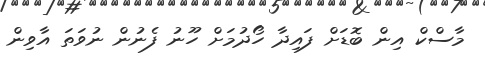
މާސްކް އިން ބޮޑަށް ފައިދާ ހޯދުމަށް ހޫނު ފެނުން ނުވަތަ އާވިން